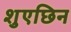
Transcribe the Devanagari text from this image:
शुएछिन